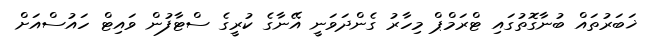
ޚަބަރުތައް ބުނާގޮތުގައި ޓްރަމްޕް މިހާރު ގެންދަވަނީ އޭނާގެ ކުރީގެ ސްޓާފުން ވައިޓް ހައުސްއަށް